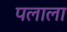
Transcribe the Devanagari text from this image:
पलाला